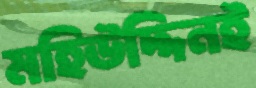
মহিউদ্দিনই